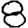
Digit: 8